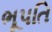
ભૂપતિ